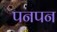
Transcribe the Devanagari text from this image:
पनपन